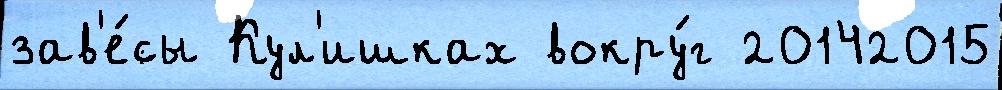
зав'е́сы Кул'ишках вокру́г 20142015